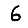
Digit: 6